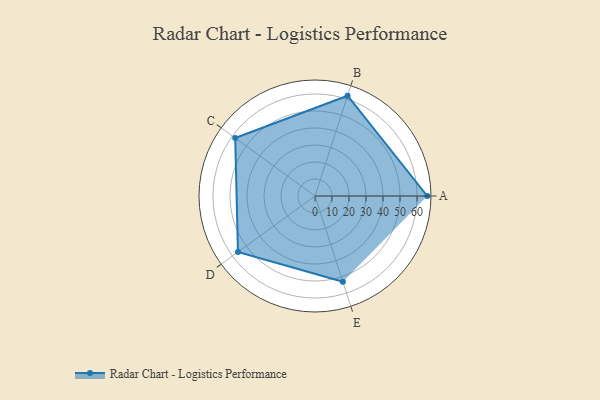
{"axis": {"x": "Skill", "y": "Score"}, "legend": ["Profile"], "data": [{"x": "A", "y": 66.0, "type": "Profile"}, {"x": "B", "y": 62.0, "type": "Profile"}, {"x": "C", "y": 58.0, "type": "Profile"}, {"x": "D", "y": 56.0, "type": "Profile"}, {"x": "E", "y": 53.0, "type": "Profile"}]}